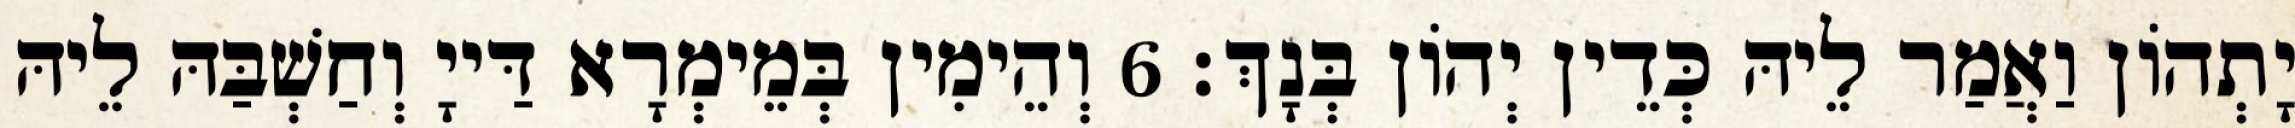
יָתְהוֹן וַאֲמַר לֵיהּ כְּדֵין יְהוֹן בְּנָךְ׃ 6 וְהֵימִין בְּמֵימְרָא דַּייָ וְחַשְׁבַּהּ לֵיהּ